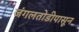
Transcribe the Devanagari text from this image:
जंगलतोडीपासून